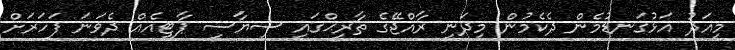
މިއަދު އަޅުގަނޑުމެން ދެކެމުން މިދަނީ ރާއްޖޭގެ ތާރީޙްގައި ސިޔާސީ ޕާޓީއެއް ދެވަނަ ފަހަރަށް